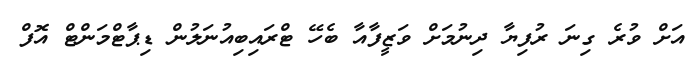
އަށް ވުރެ ގިނަ ރުފިޔާ ދިނުމަށް ވަޒީފާއާ ބެހޭ ޓްރައިބިއުނަލުން ޑިޕާޓްމަންޓް އޮފް